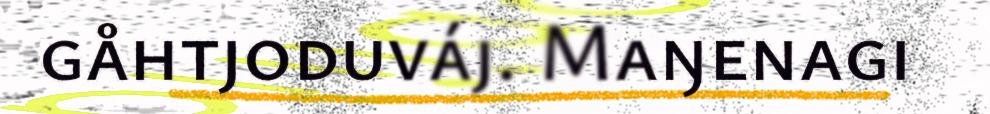
gåhtjoduváj. Maŋenagi